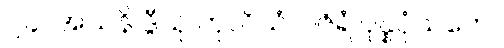
၂၄။ အသနိ ဒွီသု ကုလိသံ၊ ဝဇိရံ ပုန္နပုံသကေ။